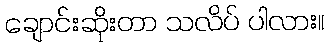
ချောင်းဆိုးတာ သလိပ် ပါလား။